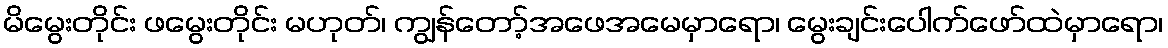
မိမွေးတိုင်း ဖမွေးတိုင်း မဟုတ်၊ ကျွန်တော့်အဖေအမေမှာရော၊ မွေးချင်းပေါက်ဖော်ထဲမှာရော၊